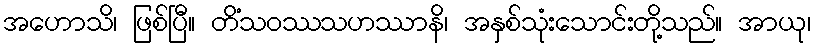
အဟောသိ၊ ဖြစ်ပြီ။ တိံသဝဿသဟဿာနိ၊ အနှစ်သုံးသောင်းတို့သည်။ အာယု၊